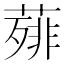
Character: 𦻰